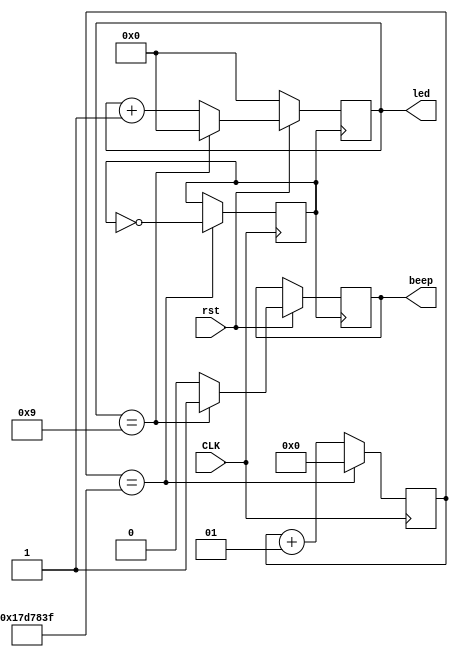
module counter1 (led,beep,CLK,rst);

  input wire rst;    // 
  output wire [3:0] led;   // LED
  output  reg beep;  // 
  input wire CLK;
  //output reg out;

 	parameter N = 25000000;
   reg [3:0] count;    // 
   reg clk_out;
   integer counter;
	always @(posedge CLK)
begin
 if (counter == N-1) 
  begin clk_out <= !clk_out;counter <= 0;end
 else 
  begin counter <= counter + 1;
		  clk_out <= clk_out;end
end 
      
  
  always @(posedge clk_out) begin
    if (!rst) begin
      count <= 0;      // 
   end 
	 else 
	 if(count == 9) begin
        count <= 0;    
        beep <= 1;   
      end else  begin //if (count == 0)
        count <= count + 1;   
        beep <= 0;   // 
      end 

  end

  assign led = count;   // LED
  
endmodule